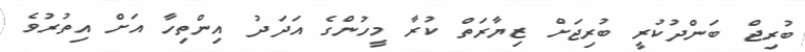
ބުރިޖް ބަންދުކުރީ ބުރިޖަށް ޒިޔާރަތް ކުރާ މީހުންގެ އަދަދު އިންތިހާ އަށް އިތުރުވެ